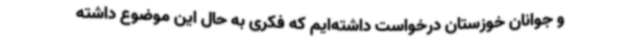
و جوانان خوزستان درخواست داشته‌ایم که فکری به حال این موضوع داشته